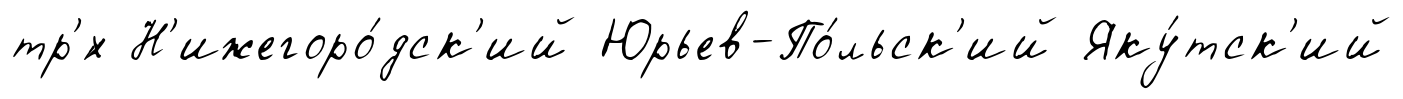
тр'́х Н'ижегоро́дск'ий Юрьев-По́льск'ий Яку́тск'ий